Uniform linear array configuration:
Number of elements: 8
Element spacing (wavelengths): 0.75
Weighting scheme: binomial
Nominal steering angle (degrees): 45
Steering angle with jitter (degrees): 46.946
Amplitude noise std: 0.05
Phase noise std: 0.05

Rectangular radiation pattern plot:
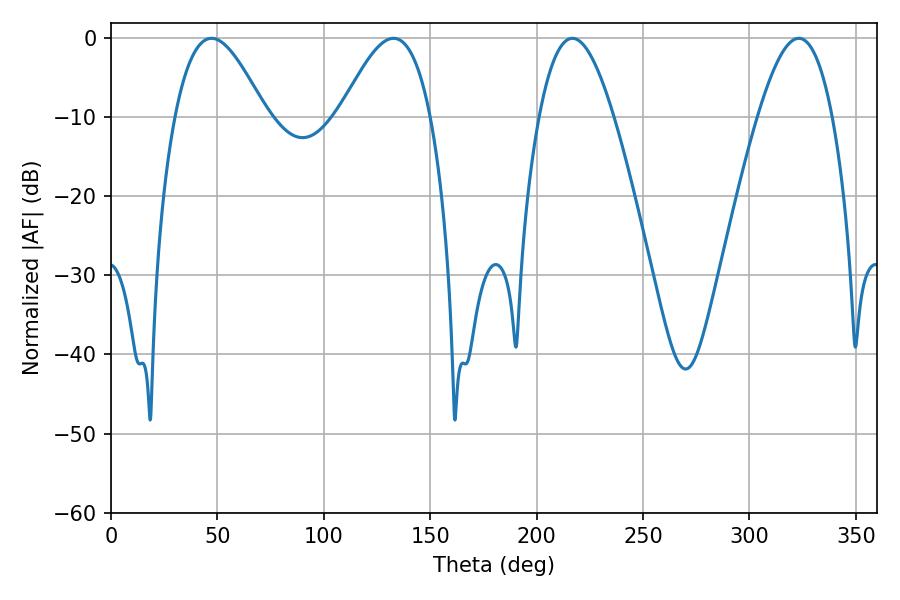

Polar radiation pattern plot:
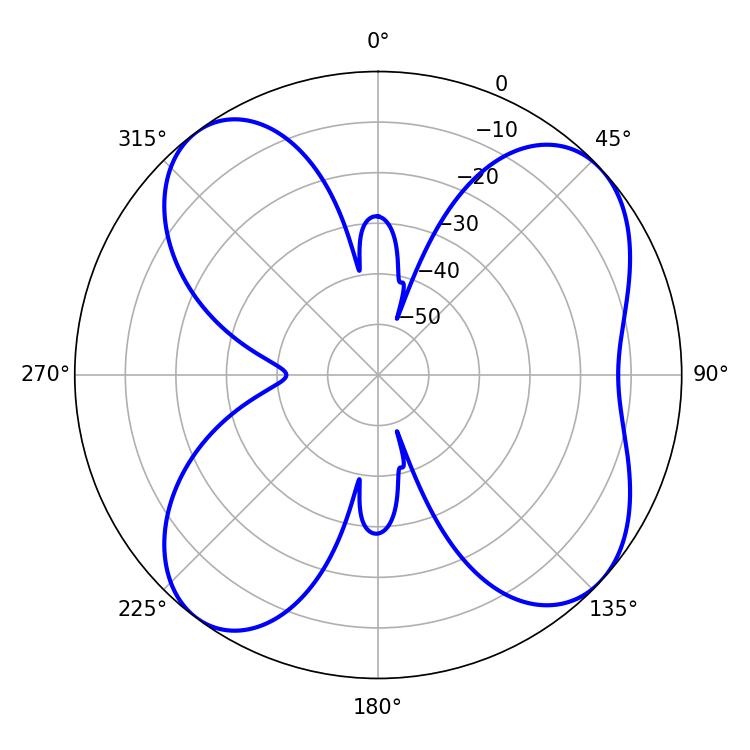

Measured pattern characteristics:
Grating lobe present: TRUE
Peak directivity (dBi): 9.038
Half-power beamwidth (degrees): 23.04
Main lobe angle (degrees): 47.16